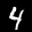
Label: 4